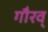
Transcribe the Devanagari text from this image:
गौरव्